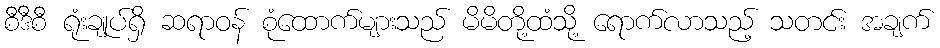
စီဒီစီ ရုံးချုပ်ရှိ ဆရာဝန် စုံထောက်များသည် မိမိတို့ထံသို့ ရောက်လာသည့် သတင်း အချက်